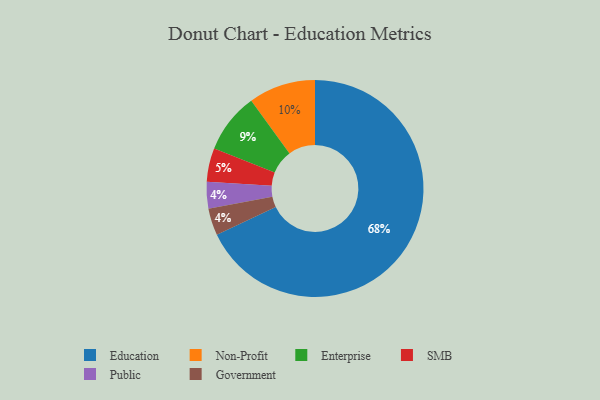
{"axis": {"x": "Category", "y": "Percentage"}, "legend": ["Education", "Enterprise", "Government", "Non-Profit", "Public", "SMB"], "data": [{"x": "Public", "y": 4, "type": "Public"}, {"x": "Education", "y": 68, "type": "Education"}, {"x": "Enterprise", "y": 9, "type": "Enterprise"}, {"x": "Government", "y": 4, "type": "Government"}, {"x": "SMB", "y": 5, "type": "SMB"}, {"x": "Non-Profit", "y": 10, "type": "Non-Profit"}]}